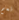
نعم